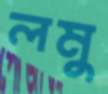
লমু